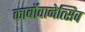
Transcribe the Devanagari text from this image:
कार्बोवानेत्सिव